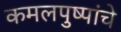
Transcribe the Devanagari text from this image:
कमलपुष्पांचे